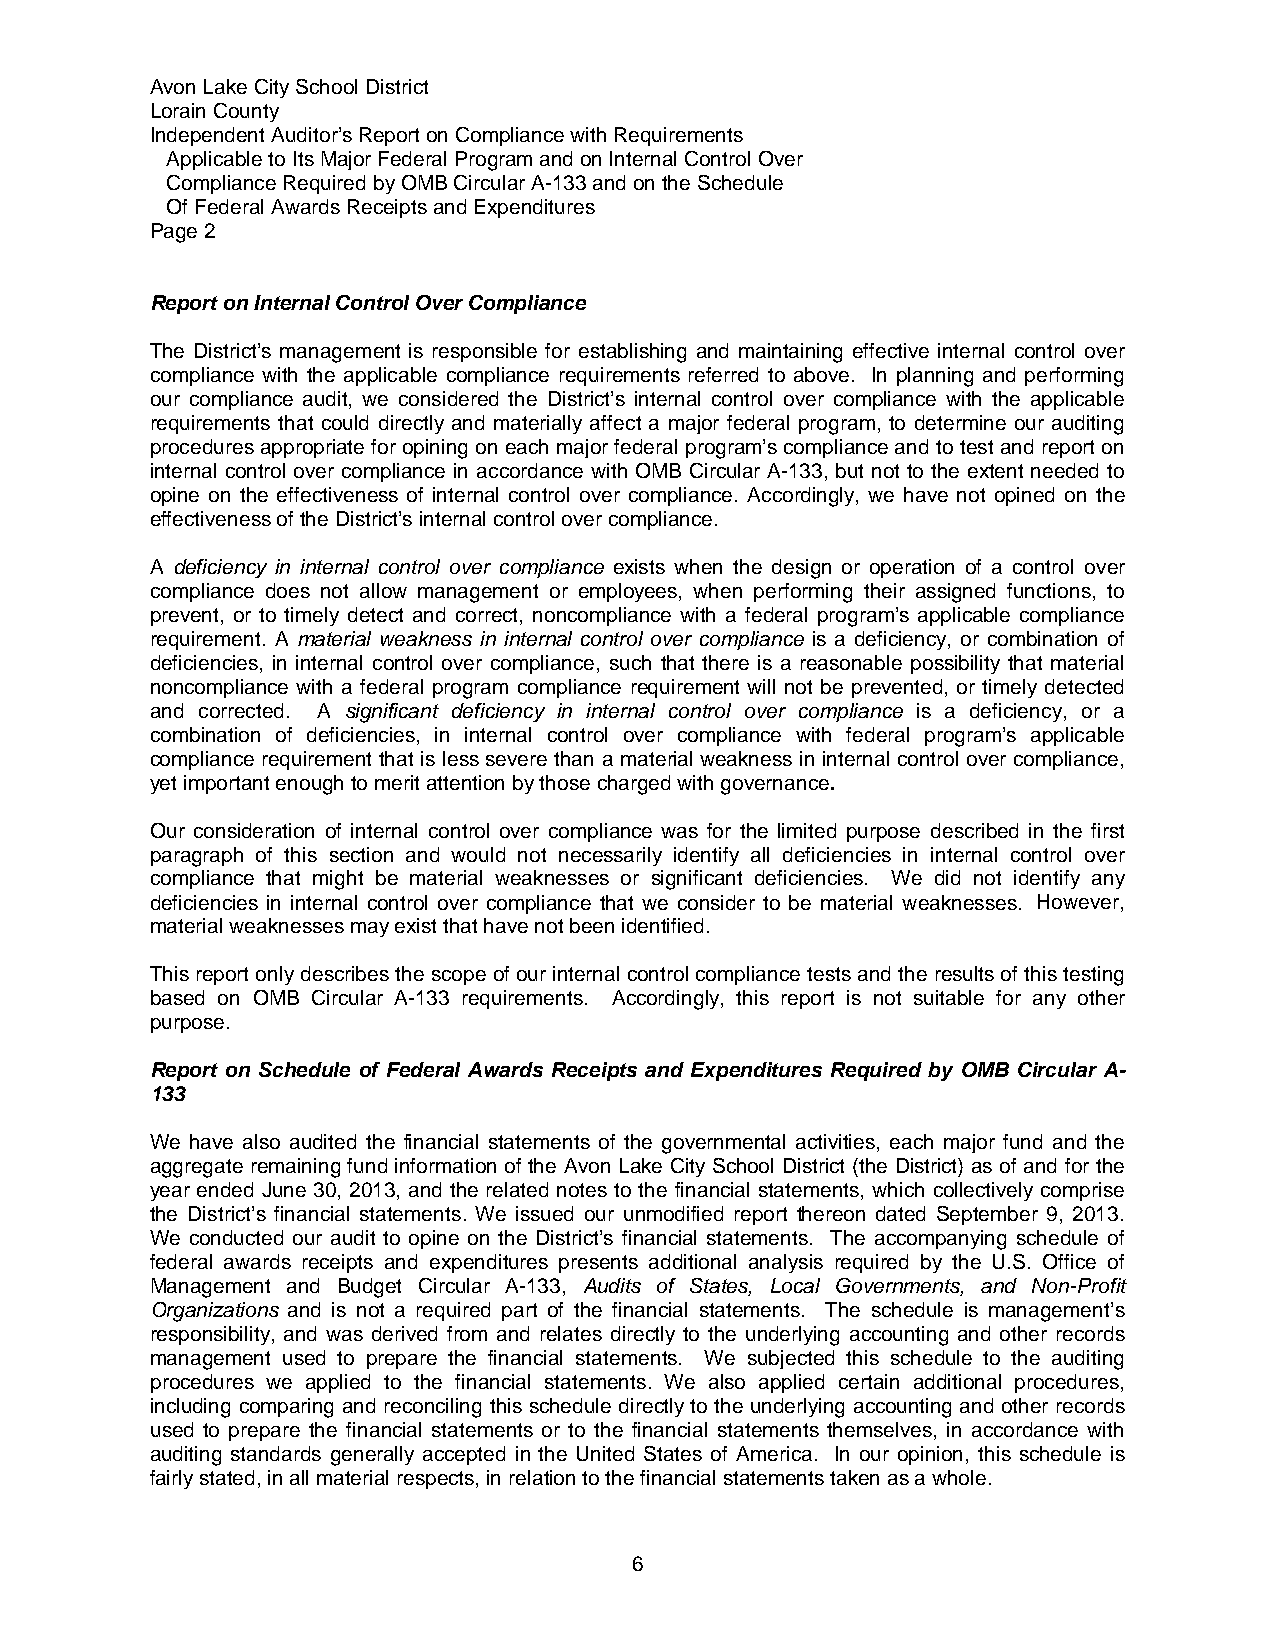
Avon Lake City School District
 Lorain County
 Independent Auditor’s Report on Compliance with Requirements
 Applicable to Its Major Federal Program and on Internal Control Over
 Compliance Required by OMB Circular A-133 and on the Schedule
 Of Federal Awards Receipts and Expenditures
 Page 2
 Report on Internal Control Over Compliance
 The District’s management is responsible for establishing and maintaining effective internal control over
 compliance with the applicable compliance requirements referred to above. In planning and performing
 our compliance audit, we considered the District’s internal control over compliance with the applicable
 requirements that could directly and materially affect a major federal program, to determine our auditing
 procedures appropriate for opining on each major federal program’s compliance and to test and report on
 internal control over compliance in accordance with OMB Circular A-133, but not to the extent needed to
 opine on the effectiveness of internal control over compliance. Accordingly, we have not opined on the
 effectiveness of the District’s internal control over compliance.
 A deficiency in internal control over compliance exists when the design or operation of a control over
 compliance does not allow management or employees, when performing their assigned functions, to
 prevent, or to timely detect and correct, noncompliance with a federal program’s applicable compliance
 requirement. A material weakness in internal control over compliance is a deficiency, or combination of
 deficiencies, in internal control over compliance, such that there is a reasonable possibility that material
 noncompliance with a federal program compliance requirement will not be prevented, or timely detected
 and corrected. A significant deficiency in internal control over compliance is a deficiency, or a
 combination of deficiencies, in internal control over compliance with federal program’s applicable
 compliance requirement that is less severe than a material weakness in internal control over compliance,
 yet important enough to merit attention by those charged with governance.
 Our consideration of internal control over compliance was for the limited purpose described in the first
 paragraph of this section and would not necessarily identify all deficiencies in internal control over
 compliance that might be material weaknesses or significant deficiencies. We did not identify any
 deficiencies in internal control over compliance that we consider to be material weaknesses. However,
 material weaknesses may exist that have not been identified.
 This report only describes the scope of our internal control compliance tests and the results of this testing
 based on OMB Circular A-133 requirements. Accordingly, this report is not suitable for any other
 purpose.
 Report on Schedule of Federal Awards Receipts and Expenditures Required by OMB Circular A-
 133
 We have also audited the financial statements of the governmental activities, each major fund and the
 aggregate remaining fund information of the Avon Lake City School District (the District) as of and for the
 year ended June 30, 2013, and the related notes to the financial statements, which collectively comprise
 the District’s financial statements. We issued our unmodified report thereon dated September 9, 2013.
 We conducted our audit to opine on the District’s financial statements. The accompanying schedule of
 federal awards receipts and expenditures presents additional analysis required by the U.S. Office of
 Management and Budget Circular A-133, Audits of States, Local Governments, and Non-Profit
 Organizations and is not a required part of the financial statements. The schedule is management’s
 responsibility, and was derived from and relates directly to the underlying accounting and other records
 management used to prepare the financial statements. We subjected this schedule to the auditing
 procedures we applied to the financial statements. We also applied certain additional procedures,
 including comparing and reconciling this schedule directly to the underlying accounting and other records
 used to prepare the financial statements or to the financial statements themselves, in accordance with
 auditing standards generally accepted in the United States of America. In our opinion, this schedule is
 fairly stated, in all material respects, in relation to the financial statements taken as a whole.
 6